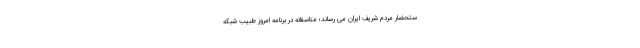
ستحضار مردم شریف ایران مى رساند؛ متاسفانه در برنامه امروز طبیب شبکه